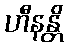
ဟီနန္တိ